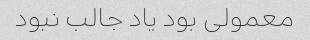
معمولی بود یاد جالب نبود